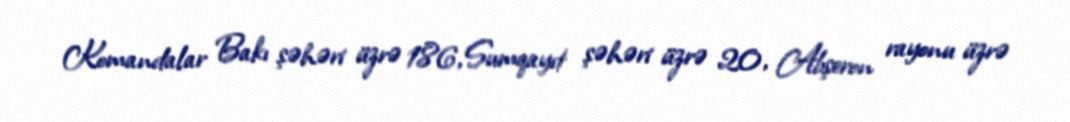
Komandalar Bakı şəhəri üzrə 186, Sumqayıt şəhəri üzrə 20, Abşeron rayonu üzrə